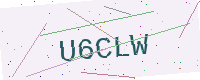
Text: U6CLW